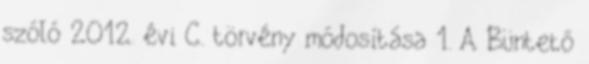
szóló 2012. évi C. törvény módosítása 1. A Büntető